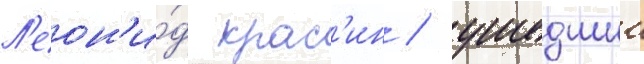
Л'еон'и́д крас'ин / ушедшии